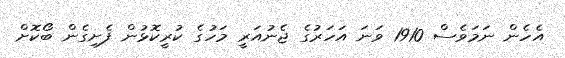
އެހެން ނަމަވެސް 1910 ވަނަ އަހަރުގެ ޖެނުއަރީ މަހުގެ ކުރީކޮޅުން ފެށިގެން ބޯކޮށް